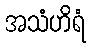
အသံဟိရံ